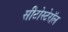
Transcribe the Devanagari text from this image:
सीटोस्टेरॉल